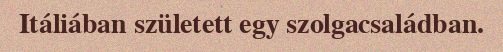
Itáliában született egy szolgacsaládban.